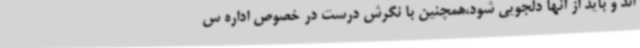
اند و باید از آنها دلجویی شود،همچنین با نگرش درست در خصوص اداره س